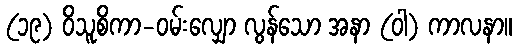
(၁၉) ဝိသူစိကာ-ဝမ်းလျှော လွန်သော အနာ (ဝါ) ကာလနာ။